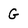
Character: G